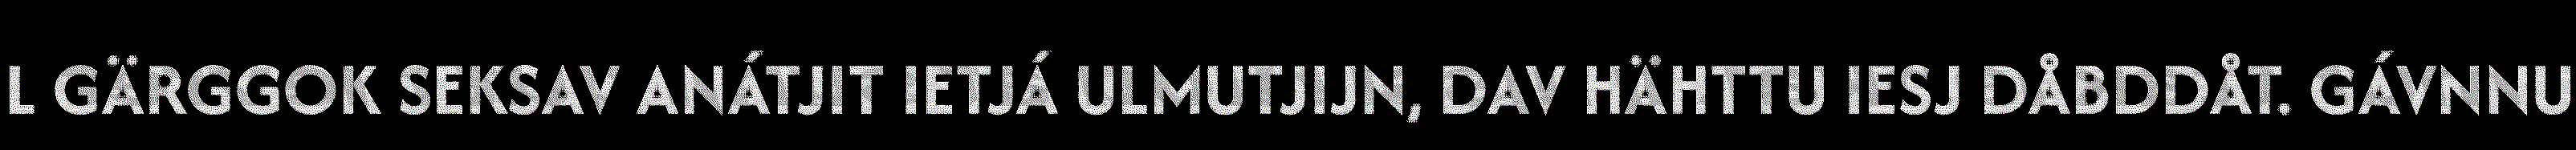
L GÄRGGOK SEKSAV ANÁTJIT IETJÁ ULMUTJIJN, DAV HÄHTTU IESJ DÅBDDÅT. GÁVNNU